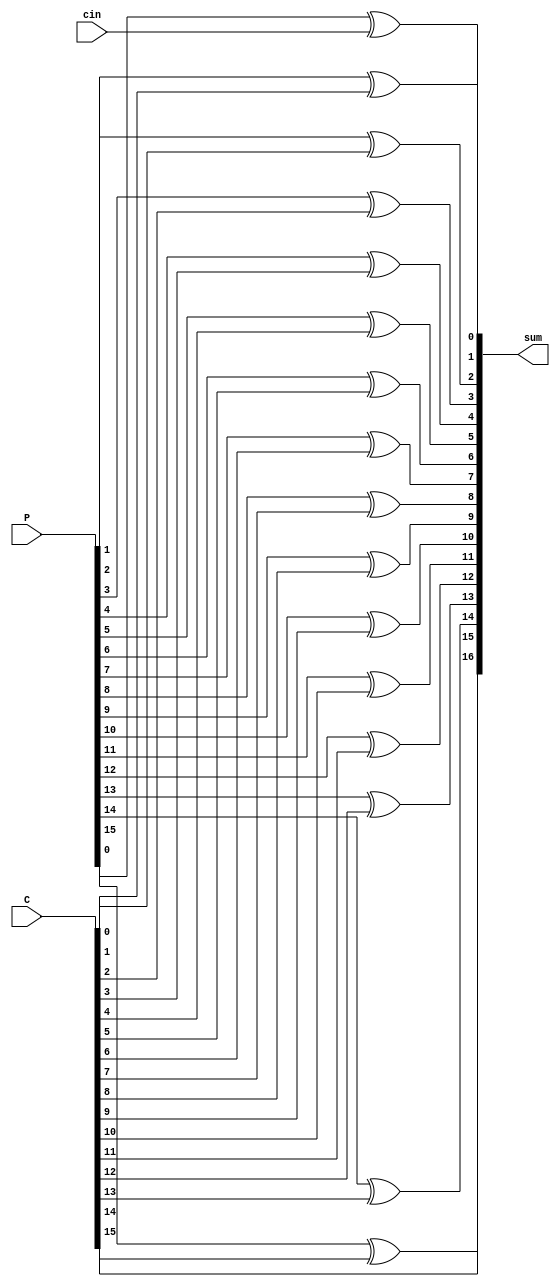


module FinalLayer(sum, P, C, cin);

input [15:0] P, C;
input cin;
output [16:0] sum;

xor xor_0(sum[0], P[0], cin);
xor xor_1(sum[1], P[1], C[0]);
xor xor_2(sum[2], P[2], C[1]);
xor xor_3(sum[3], P[3], C[2]);
xor xor_4(sum[4], P[4], C[3]);
xor xor_5(sum[5], P[5], C[4]);
xor xor_6(sum[6], P[6], C[5]);
xor xor_7(sum[7], P[7], C[6]);
xor xor_8(sum[8], P[8], C[7]);
xor xor_9(sum[9], P[9], C[8]);
xor xor_10(sum[10], P[10], C[9]);
xor xor_11(sum[11], P[11], C[10]);
xor xor_12(sum[12], P[12], C[11]);
xor xor_13(sum[13], P[13], C[12]);
xor xor_14(sum[14], P[14], C[13]);
xor xor_15(sum[15], P[15], C[14]);
assign sum[16] = C[15];

endmodule